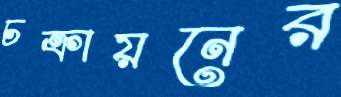
চক্রায়নের